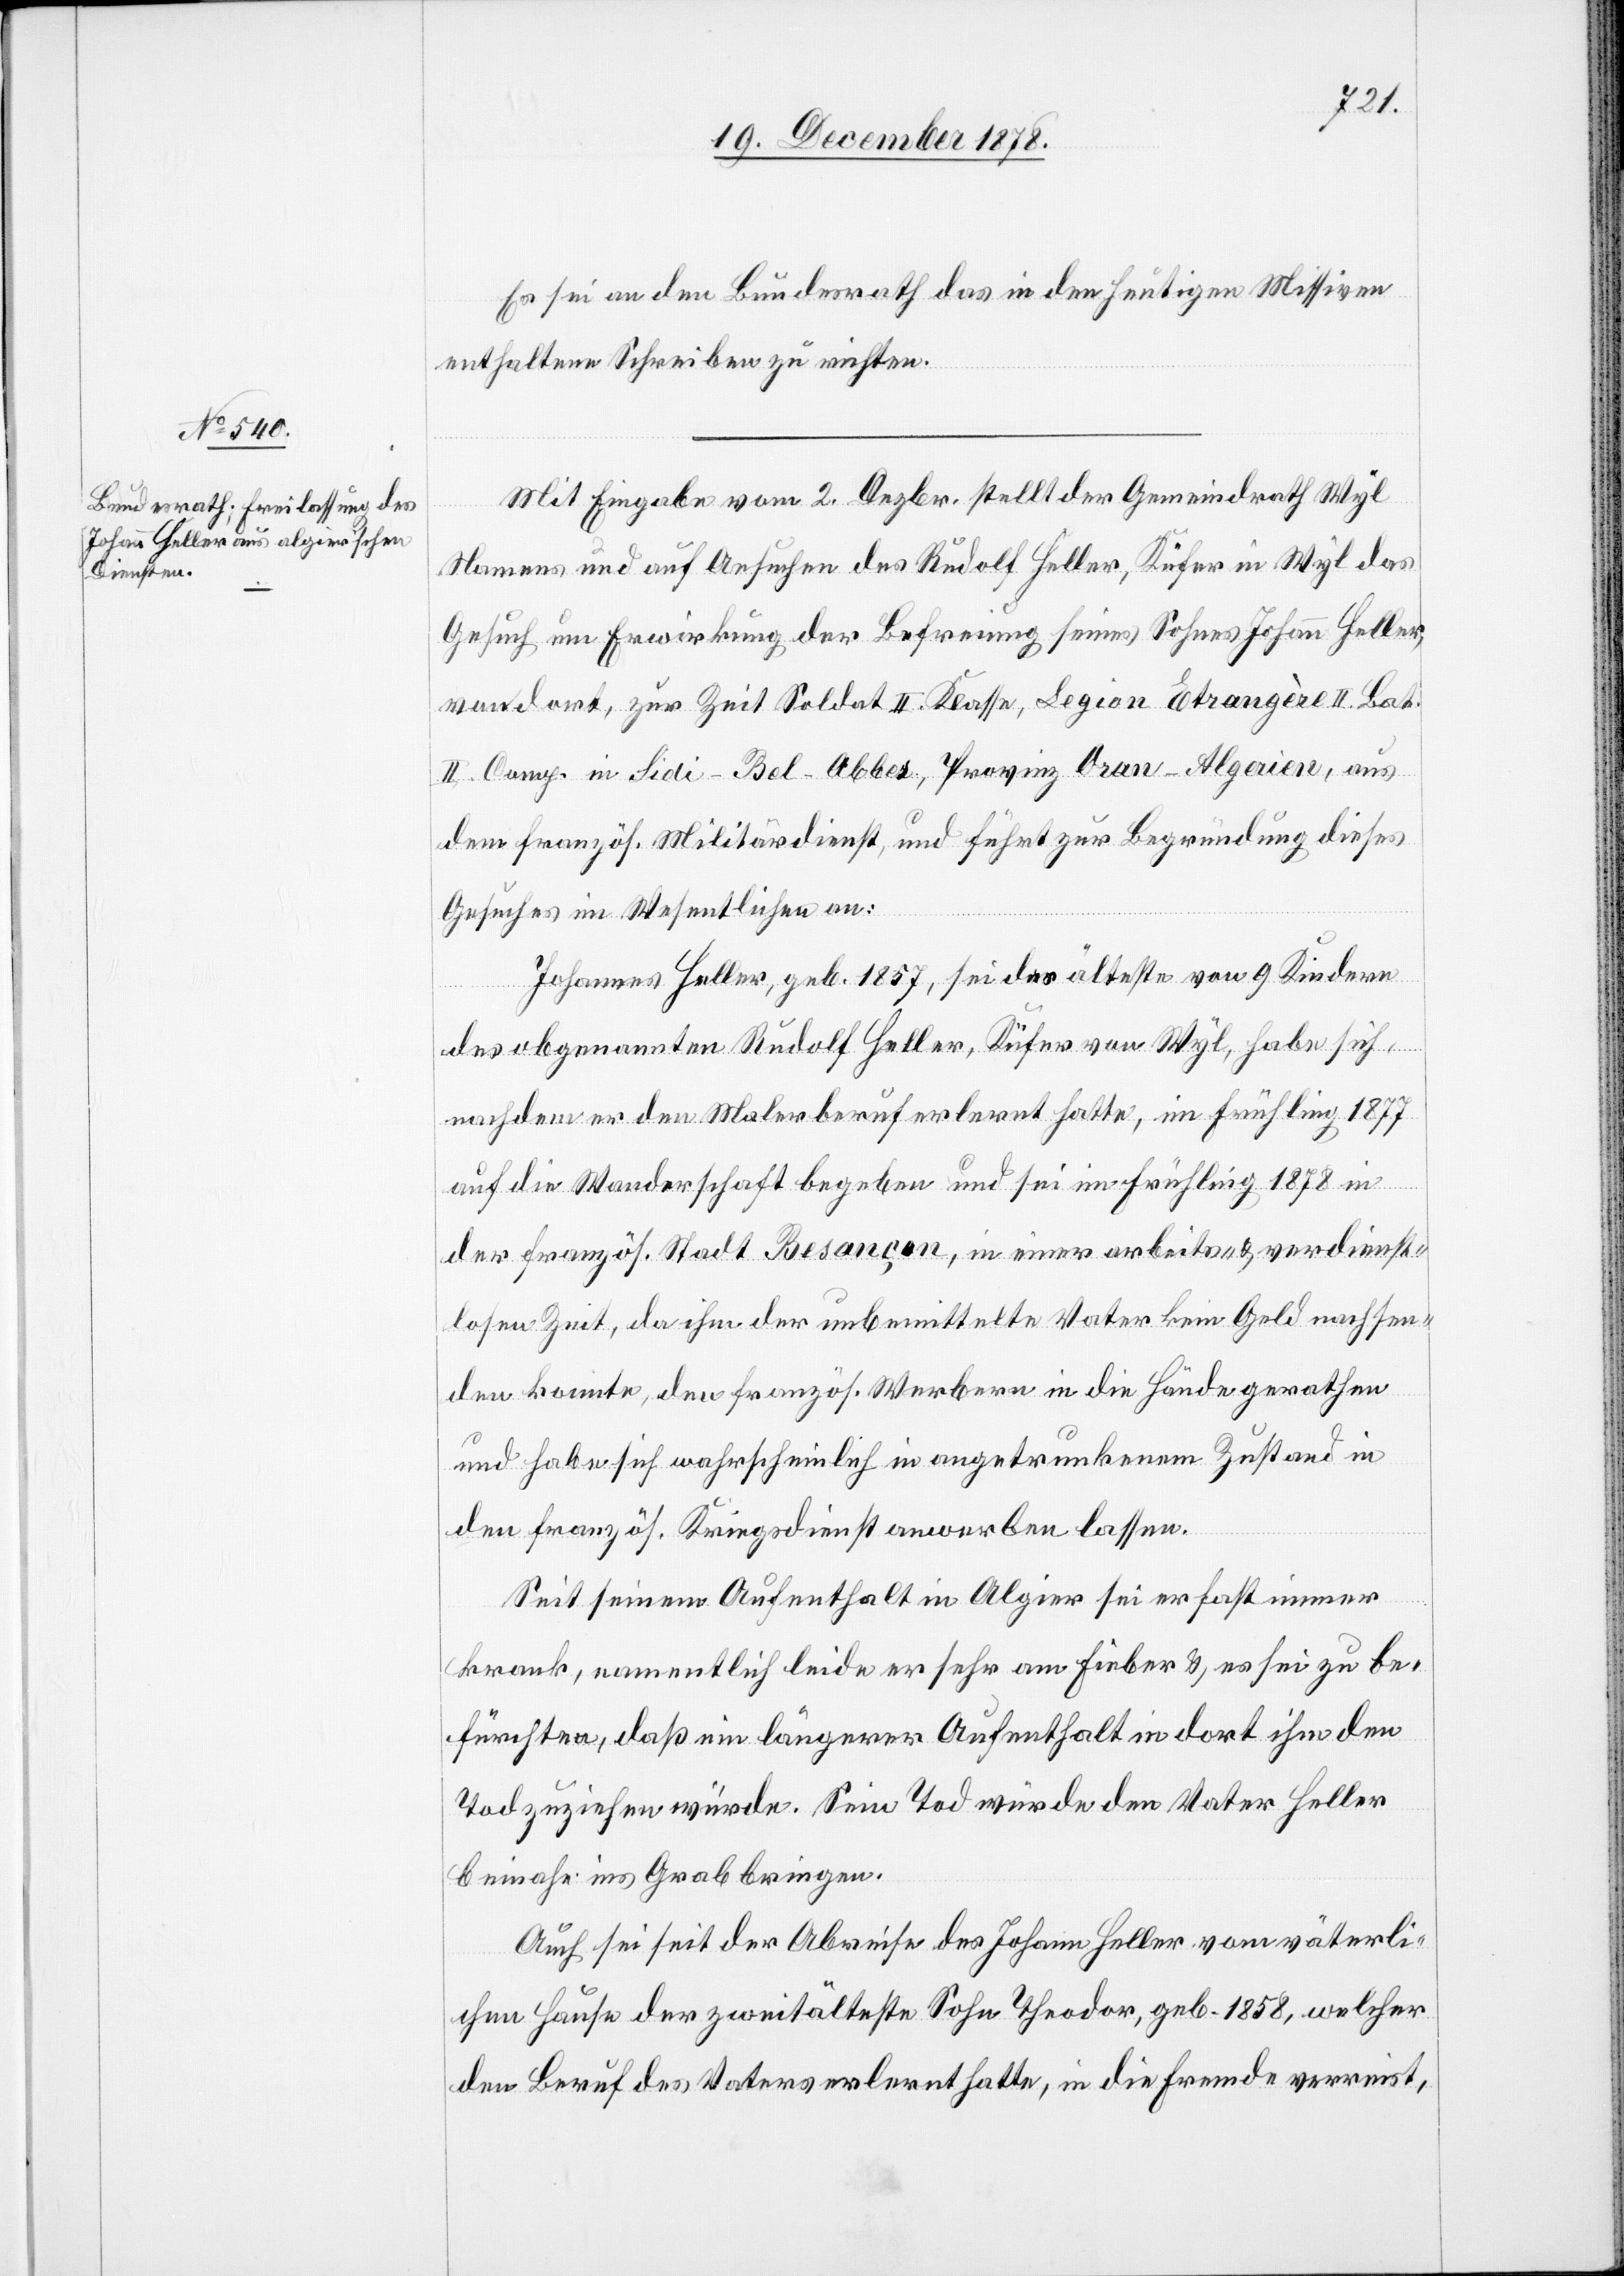
Es sei an den Bundesrath das in den heutigen Missiven
enthaltene Schreiben zu richten.
Mit Eingabe vom 2. Dezbr. stellt der Gemeindrath Wyl
Namens und auf Ansuchen des Rudolf Heller, Küfer in Wyl das
Gesuch um Erwirkung der Befreiung seines Sohnes Johann Heller,
von dort, zur Zeit Soldat II. Klasse, Legion Etrangère II. Bat.
II. Comp. in Sidi-Bel-Abbes, Provinz Oran - Algerien, aus
dem französ. Militärdienst, und führt zur Begründung dieses
Gesuches im Wesentlichen an:
Johannes Heller, geb. 1857, sei das älteste von 9 Kindern
des obgenannten Rudolf Heller, Küfer von Wyl, habe sich,
nachdem er den Malerberuf erlernt hatte, im Frühling 1877
auf die Wanderschaft begeben und sei im Frühling 1878 in
der französ. Stadt Besançon, in einer arbeits- & verdienst¬
losen Zeit, da ihm der unbemittelte Vater kein Geld nachsen¬
den konnte, den französ. Werbern in die Hände gerathen
und habe sich wahrscheinlich in angetrunkenem Zustand in
den französ. Kriegsdienst anwerben lassen.
Seit seinem Aufenthalt in Algier sei er fast immer
krank, namentlich leide er sehr am Fieber & es sei zu be¬
fürchten, daß ein längerer Aufenthalt in dort ihm den
Tod zuziehen würde. Sein Tod würde den Vater Heller
beinahe ins Grab bringen.
Auch sei seit der Abreise des Johannes Heller vom väterli¬
chen Hause der zweitälteste Sohn Theodor, geb. 1858, welcher
den Beruf des Vaters erlernt hatte, in die Fremde verreist,